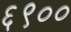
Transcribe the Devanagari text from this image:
६९००